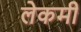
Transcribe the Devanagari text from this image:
लेकमी